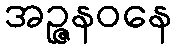
အဉ္ဇနဝနေ